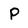
Character: P